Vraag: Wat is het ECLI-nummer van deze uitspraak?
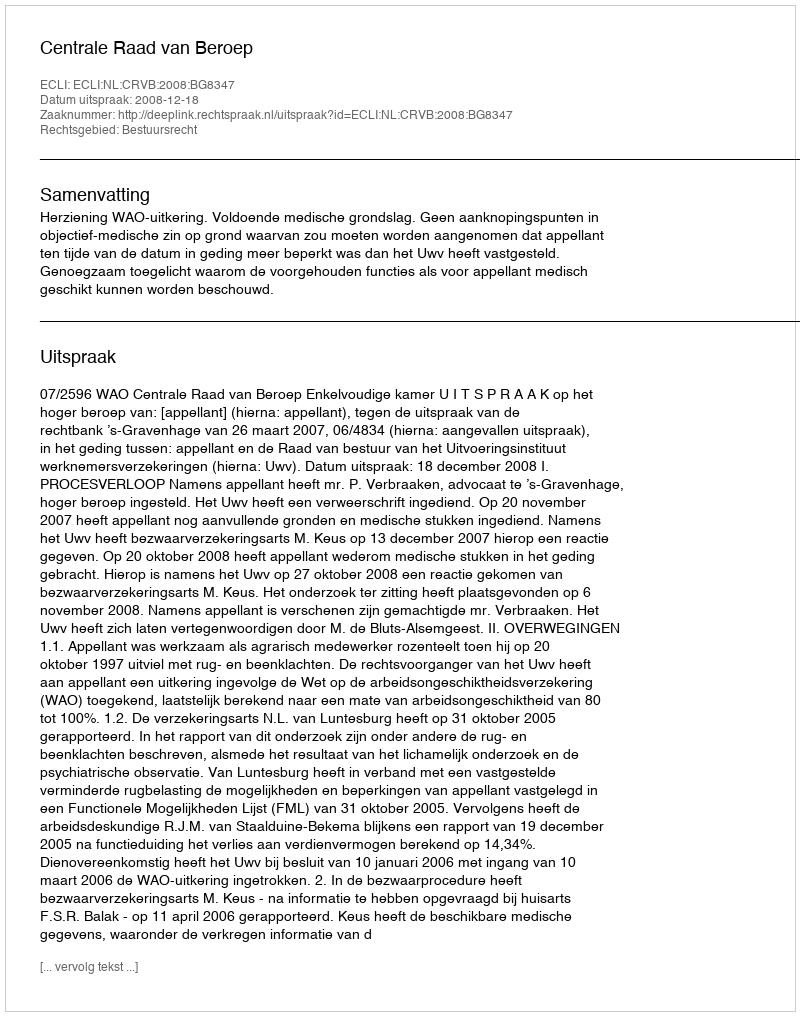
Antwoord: ECLI:NL:CRVB:2008:BG8347